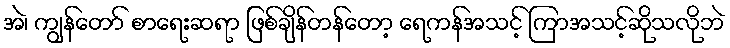
အဲ၊ ကျွန်တော် စာရေးဆရာ ဖြစ်ချိန်တန်တော့ ရေကန်အသင့် ကြာအသင့်ဆိုသလိုဘဲ